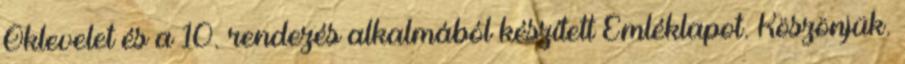
Oklevelet és a 10. rendezés alkalmából készített Emléklapot. Köszönjük.